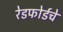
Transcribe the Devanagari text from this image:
रेडफोर्डचे